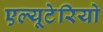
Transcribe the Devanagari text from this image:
एल्यूटेरियो